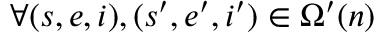
\forall ( s , e , i ) , ( s ^ { \prime } , e ^ { \prime } , i ^ { \prime } ) \in \Omega ^ { \prime } ( n )